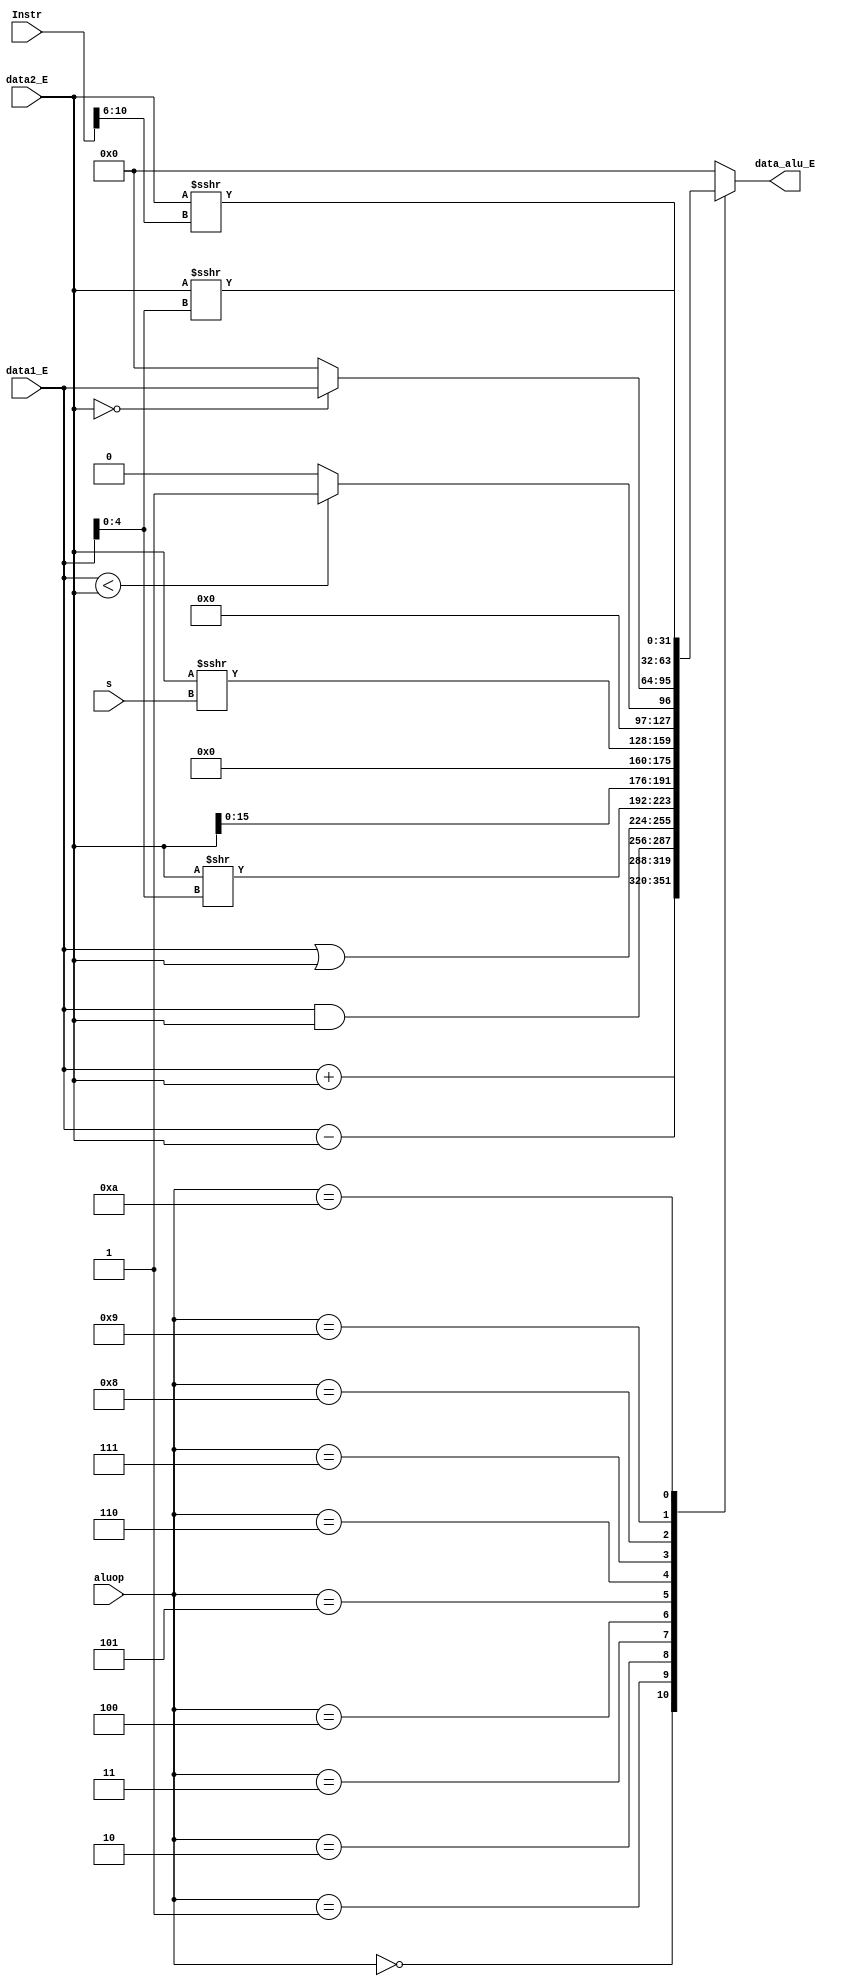
`timescale 1ns / 1ps
//////////////////////////////////////////////////////////////////////////////////
// Company: 
// Engineer: 
// 
// Design Name: 
// Module Name:    alu 
// Project Name: 
// Target Devices: 
// Tool versions: 
// Description: 
//
// Dependencies: 
//
// Revision: 
// Revision 0.01 - File Created
// Additional Comments: 
//
//////////////////////////////////////////////////////////////////////////////////
module alu(
    input [31:0] data1_E,
    input [31:0] data2_E,
    input [3:0] aluop,
	 input [4:0] s,
	 input [31:0] Instr,
    output reg [31:0] data_alu_E
	 //output reg [4:0] d
    //output reg [31:0] data2_alu_E
    );
	 always @ * begin
		case(aluop)
		4'b0000:begin
			data_alu_E = data1_E + data2_E;
		end
		4'b0001:begin
			data_alu_E = data1_E - data2_E;
		end
		4'b0010:begin
			data_alu_E = data1_E & data2_E;
		end
		4'b0011:begin
			data_alu_E = data1_E | data2_E;
		end
		4'b0100:begin
			data_alu_E = data2_E >> data1_E[4:0];
		end
		4'b0101:begin
			data_alu_E = {data2_E[15:0],16'b0000000000000000};
		end
		4'b0110:begin
			data_alu_E = $signed(data2_E) >>> s;
		end
		4'b0111:begin
			data_alu_E = ($signed(data1_E) < $signed(data2_E))?1:0;
		end
		4'b1000:begin
			data_alu_E = (data2_E==0)?data1_E:0;
		end
		4'b1001:begin
			data_alu_E = $signed(data2_E) >>> data1_E[4:0];
		end
		4'b1010:begin
			data_alu_E = $signed(data2_E) >>> Instr[10:6];
		end
	
		default:begin
			data_alu_E = 0;
			//d = 0;
		end
		endcase
	 end


endmodule